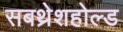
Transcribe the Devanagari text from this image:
सबथ्रेशहोल्ड